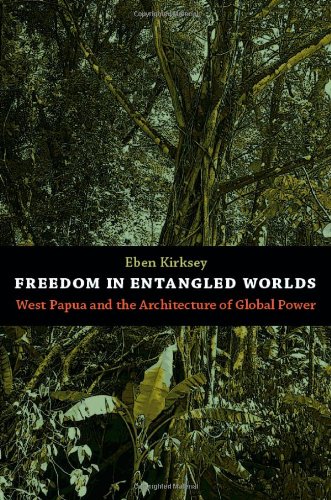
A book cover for Freedom in Entangled Worlds: West Papua and the Architecture of Global Power; Eben Kirksey; History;